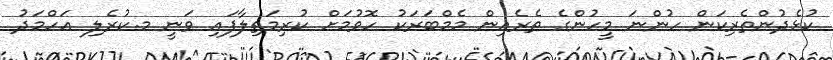
ކުޅެދުންތެރިކަން ހުންނަ މީހުންގެ ތެރެއިން މެމްބަރަކު ހޮވުމަށް ކުރިމަތިލާފައި ވަނީ މ.ކުރެލި އަހްމަދު